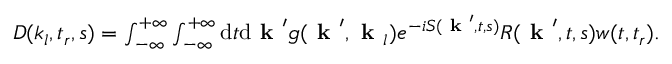
\begin{array} { r } { D ( k _ { l } , t _ { r } , s ) = \int _ { - \infty } ^ { + \infty } \int _ { - \infty } ^ { + \infty } \mathrm { d } t \mathrm { d } \textbf { k } ^ { \prime } g ( \textbf { k } ^ { \prime } , \textbf { k } _ { l } ) e ^ { - i S ( \textbf { k } ^ { \prime } , t , s ) } R ( \textbf { k } ^ { \prime } , t , s ) w ( t , t _ { r } ) . } \end{array}